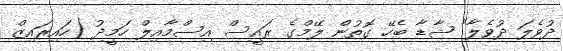
ދުވެލަ ދުވެލާ" ޝާޑާ ބެހޭ ގޮތުން ލޭމްގެ ރައީސް އިސްމާއިލް ހަމީދު (ހައިރައިޒް